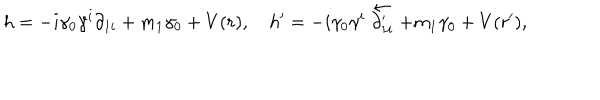
h = - i \gamma _ { 0 } \gamma ^ { i } \partial _ { 1 i } + m _ { 1 } \gamma _ { 0 } + V ( r ) , h ^ { \prime } = - i \gamma _ { 0 } \gamma ^ { i } \stackrel { \leftarrow } { \partial _ { 1 i } ^ { \prime } } + m _ { 1 } \gamma _ { 0 } + V ( r ^ { \prime } ) ,